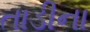
તાડીના